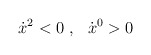
\begin{align*}\dot{x}^2<0\ ,\ \ \dot{x}^0>0 \end{align*}